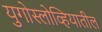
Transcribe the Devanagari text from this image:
युगोस्लोव्हियातील